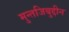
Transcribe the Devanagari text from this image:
मुन्तजिबुद्दीन